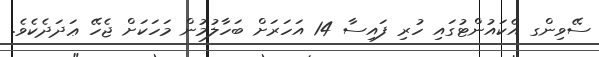
ސޭވިންގ އެކައުންޓުގައި ހުރި ފައިސާ 14 އަހަރަށް ބަހާލުމުން މަހަކަށް ޖެހޭ ޢަދަދެކެވެ.